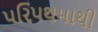
પરિપથમાથી